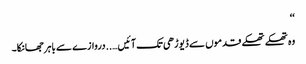
‘‘
وہ تھکے تھکے قدموں سے ڈیوڑھی تک آئیں…..دروازے سے باہر جھانکا۔